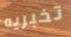
تخبريه